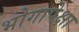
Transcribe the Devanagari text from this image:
भोगापेक्षा